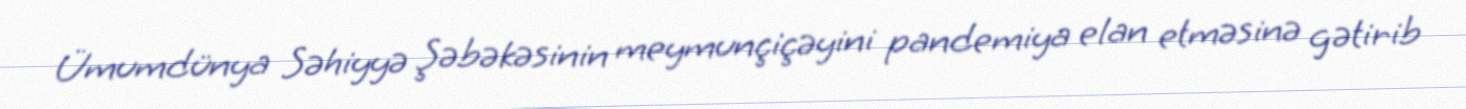
Ümumdünya Səhiyyə Şəbəkəsinin meymunçiçəyini pandemiya elan etməsinə gətirib